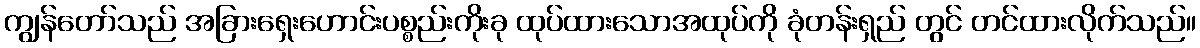
ကျွန်တော်သည် အခြားရှေးဟောင်းပစ္စည်းကိုးခု ထုပ်ထားသောအထုပ်ကို ခုံတန်းရှည် တွင် တင်ထားလိုက်သည်။